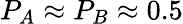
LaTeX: P_{A}\approx P_{B}\approx 0.5